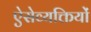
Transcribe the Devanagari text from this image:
ऐसेव्यक्तियों